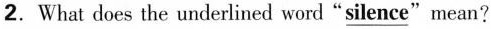
2.What does the underlined word"\underline{silence}"mean?